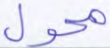
محول